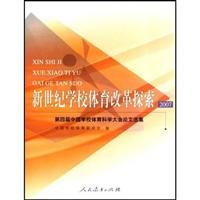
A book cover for Physical Education Reform in the new century: 2007: The Fourth China School Sports Science Conference Selected Papers(Chinese Edition); ZHONG GUO XUE XIAO TI YU YAN JIU HUI / ZHONG GUO XUE XIAO TI YU YAN JIU HUI; Sports & Outdoors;